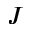
J